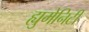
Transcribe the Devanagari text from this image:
ह्युमेनिटी